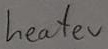
Text: heater